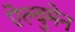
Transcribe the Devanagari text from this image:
ऐल्वुमेन